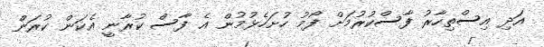
އަދި އިސްތިހާރު ފާސްކުރުމަށް ފޯމު ހުށަހެޅުމުން އެ ފާސް ކުރާނީ އެކަން ކުރަން